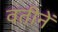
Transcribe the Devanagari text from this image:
वतीनें